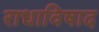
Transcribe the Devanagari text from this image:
राधाविषाद